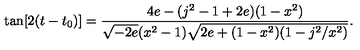
\tan [ 2 ( t - t _ { 0 } ) ] = \frac { 4 e - ( j ^ { 2 } - 1 + 2 e ) ( 1 - x ^ { 2 } ) } { \sqrt { - 2 e } ( x ^ { 2 } - 1 ) \sqrt { 2 e + ( 1 - x ^ { 2 } ) ( 1 - j ^ { 2 } / x ^ { 2 } ) } } .